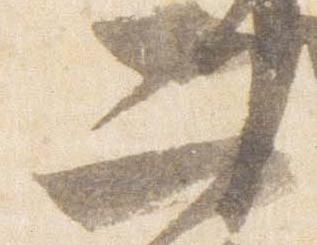
二